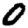
Digit: 0